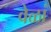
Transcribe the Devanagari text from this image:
वेळां